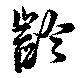
齢